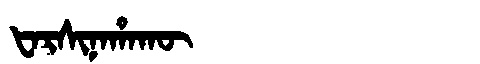
Manchu: ᡶᠠᡵᠰᡳᠨᠠᡥᠠᡴᡡ
Romanization: FARSINAHAKŪ